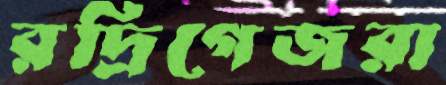
রদ্রিগেজরা